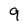
Character: 9